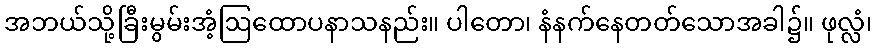
အဘယ်သို့ခြီးမွမ်းအံ့ဩထောပနာသနည်း။ ပါတော၊ နံနက်နေတတ်သောအခါ၌။ ဖုလ္လံ၊